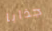
جذابا